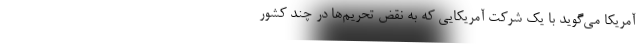
آمریکا می‌گوید با یک شرکت آمریکایی که به نقض تحریم‌ها در چند کشور